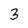
Character: 3